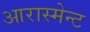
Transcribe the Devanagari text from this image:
आरास्मेन्ट